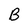
Character: B